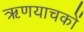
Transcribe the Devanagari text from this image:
ऋणयाचकों